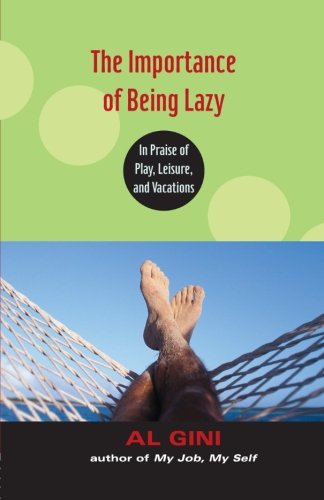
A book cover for The Importance of Being Lazy: In Praise of Play, Leisure, and Vacation; Al Gini; Politics & Social Sciences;